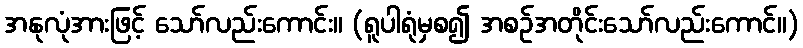
အနုလုံအားဖြင့် သော်လည်းကောင်း။ (ရူပါရုံမှစ၍ အစဉ်အတိုင်းသော်လည်းကောင်။)